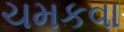
ચમકવા